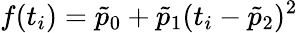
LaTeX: f(t_{i})=\tilde{p}_{0}+\tilde{p}_{1}(t_{i}-\tilde{p}_{2})^{2}